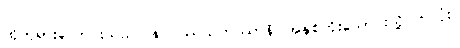
ထိုဘုရားလောင်းသည်။ နဝဝဿသတဿာနိ၊ အနှစ်ကိုးသောင်းသို့ပတ်လုံး။